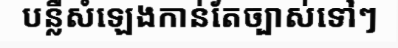
បន្លឺសំឡេងកាន់តែច្បាស់ទៅៗ